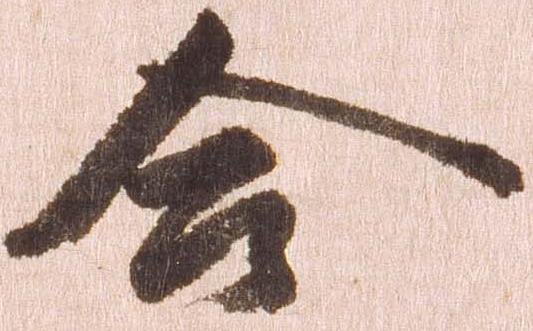
合